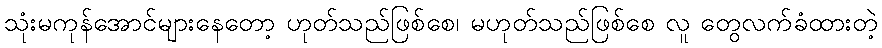
သုံးမကုန်အောင်များနေတော့ ဟုတ်သည်ဖြစ်စေ၊ မဟုတ်သည်ဖြစ်စေ လူ တွေလက်ခံထားတဲ့